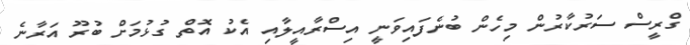
ގްރީސް ސަރުކާރުން މިހެން ބުނެފައިވަނީ އިސްރާއީލާއި އެކު އޮތް ގުޅުމަށް ބުރޫ އަރާނެ